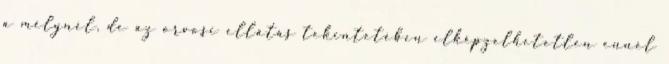
a mélynél, de az orvosi ellátás tekintetében elképzelhetetlen ennél